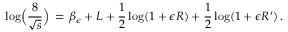
\log \Bigl ( \frac { 8 } { \sqrt { s } } \Bigr ) \, = \, \beta _ { \epsilon } + L + \frac { 1 } { 2 } \log ( 1 + \epsilon R ) + \frac { 1 } { 2 } \log ( 1 + \epsilon R ^ { \prime } ) \, .